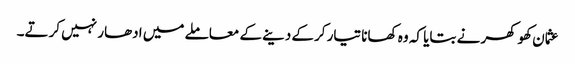
عثمان کھوکھر نے بتایا کہ وہ کھانا تیار کرکے دینے کے معاملے میں ادھار نہیں کرتے۔